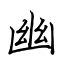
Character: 幽